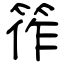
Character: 筰